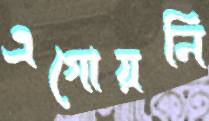
এগোয়নি